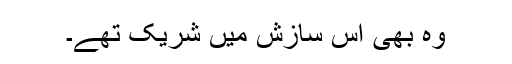
وہ بھی اس سازش میں شریک تھے۔